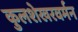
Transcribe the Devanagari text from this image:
कुलशेखरवर्मन